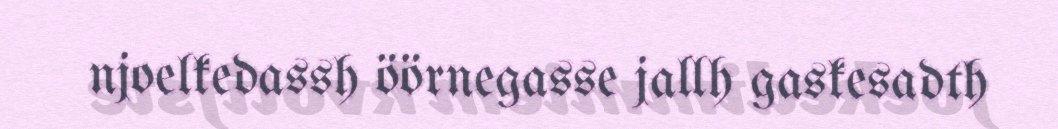
njoelkedassh öörnegasse jallh gaskesadth